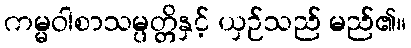
ကမ္မဝါစာသမ္ပတ္တိနှင့် ယှဉ်သည် မည်၏။